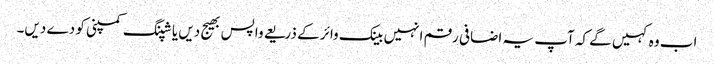
اب وہ کہیں گے کہ آپ یہ اضافی رقم انہیں بینک وائر کے ذریعے واپس بھیج دیں یا شپنگ کمپنی کو دے دیں۔